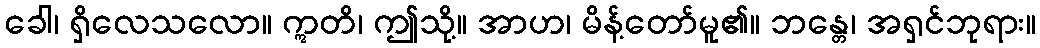
ခေါ၊ ရှိလေသလော။ ဣတိ၊ ဤသို့။ အာဟ၊ မိန့်တော်မူ၏။ ဘန္တေ၊ အရှင်ဘုရား။